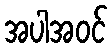
အပါအဝင်